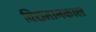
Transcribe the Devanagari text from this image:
विद्यमानकाल